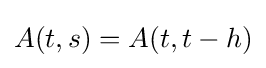
A(t,s)=A(t,t-h)